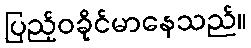
ပြည့်ဝခိုင်မာနေသည်။